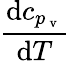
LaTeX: \frac{\mathrm{d}c_{p_{\mathrm{~v~}}}}{\mathrm{d}T}